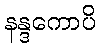
နန္ဒကောပိ